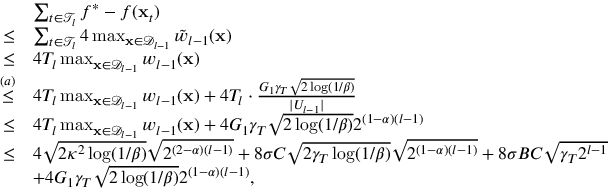
\begin{array} { r l } & { \sum _ { t \in \mathcal { T } _ { l } } f ^ { * } - f ( \mathbf { x } _ { t } ) } \\ { \leq } & { \sum _ { t \in \mathcal { T } _ { l } } 4 \operatorname* { m a x } _ { \mathbf { x } \in \mathcal { D } _ { l - 1 } } \tilde { w } _ { l - 1 } ( \mathbf { x } ) } \\ { \leq } & { 4 T _ { l } \operatorname* { m a x } _ { \mathbf { x } \in \mathcal { D } _ { l - 1 } } w _ { l - 1 } ( \mathbf { x } ) } \\ { \overset { ( a ) } { \leq } } & { 4 T _ { l } \operatorname* { m a x } _ { \mathbf { x } \in \mathcal { D } _ { l - 1 } } w _ { l - 1 } ( \mathbf { x } ) + 4 T _ { l } \cdot \frac { G _ { 1 } \gamma _ { T } \sqrt { 2 \log ( 1 / \beta ) } } { | U _ { l - 1 } | } } \\ { \leq } & { 4 T _ { l } \operatorname* { m a x } _ { \mathbf { x } \in \mathcal { D } _ { l - 1 } } w _ { l - 1 } ( \mathbf { x } ) + 4 G _ { 1 } \gamma _ { T } \sqrt { 2 \log ( 1 / \beta ) } 2 ^ { ( 1 - \alpha ) ( l - 1 ) } } \\ { \leq } & { 4 \sqrt { 2 \kappa ^ { 2 } \log ( 1 / \beta ) } \sqrt { 2 ^ { ( 2 - \alpha ) ( l - 1 ) } } + 8 \sigma C \sqrt { 2 \gamma _ { T } \log ( 1 / \beta ) } \sqrt { 2 ^ { ( 1 - \alpha ) ( l - 1 ) } } + 8 \sigma B C \sqrt { \gamma _ { T } 2 ^ { l - 1 } } } \\ & { + 4 G _ { 1 } \gamma _ { T } \sqrt { 2 \log ( 1 / \beta ) } 2 ^ { ( 1 - \alpha ) ( l - 1 ) } , } \end{array}